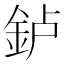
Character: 𰼥